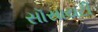
સૉસાયટી